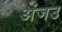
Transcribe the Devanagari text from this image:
अंजउ